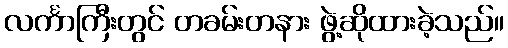
လင်္ကာကြီးတွင် တခမ်းတနား ဖွဲ့ဆိုထားခဲ့သည်။